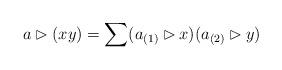
LaTeX: \begin{align*}a\rhd (xy)=\sum(a_{(1)}\rhd x)(a_{(2)}\rhd y)\end{align*}